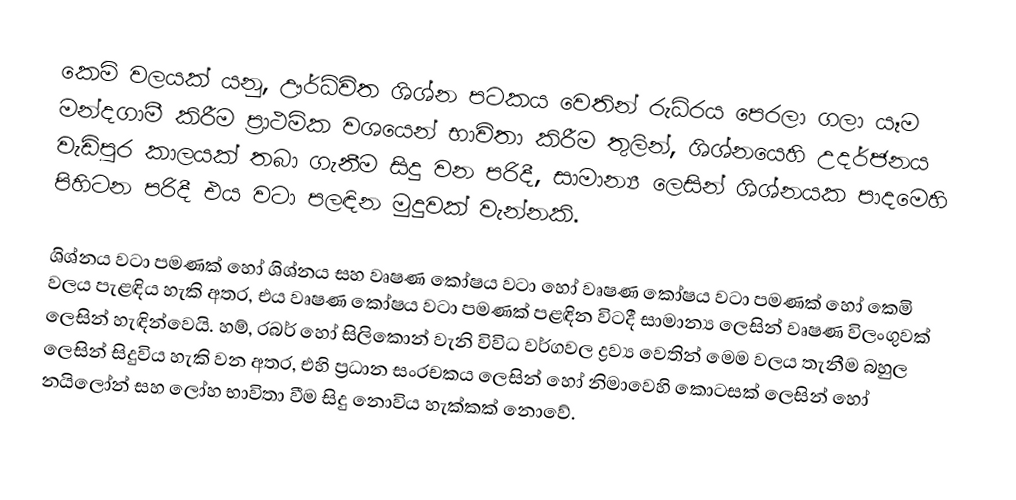
කෙමි වලයක් යනු, ඌර්ධ්විත ශිශ්න පටකය වෙතින් රුධිරය පෙරලා ගලා යෑම මන්දගාමී කිරීම  ප්‍රාථමික වශයෙන් භාවිතා කිරීම තුලින්, ශිශ්නයෙහි උදර්ජනය වැඩිපුර කාලයක් තබා ගැනීම සිදු වන පරිදී, සාමාන්‍ය ලෙසින්  ශිශ්නයක පාදමෙහි පිහිටන පරිදී එය වටා පලඳින මුදුවක් වැන්නකි.

ශිශ්නය වටා පමණක් හෝ ශිශ්නය සහ වෘෂණ කෝෂය වටා හෝ වෘෂණ කෝෂය වටා පමණක් හෝ කෙමි වලය පැළඳිය හැකි අතර, එය වෘෂණ කෝෂය වටා පමණක් පළඳින විටදී සාමාන්‍ය ලෙසින්  වෘෂණ විලංගුවක් ලෙසින් හැඳින්වෙයි. හම්, රබර් හෝ සිලිකොන් වැනි විවිධ වර්ගවල ද්‍රව්‍ය වෙතින් මෙම වලය තැනීම බහුල ලෙසින් සිදුවිය හැකි වන අතර, එහි ප්‍රධාන සංරචකය ලෙසින් හෝ නිමාවෙහි කොටසක් ලෙසින් හෝ නයිලෝන් සහ ලෝහ භාවිතා වීම සිදු නොවිය හැක්කක් නොවේ.